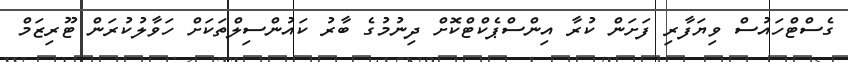
ގެސްޓްހައުސް ވިޔަފާރި ފަށަން ކުރާ އިންސްޕެކްޓްކޮށް ދިނުމުގެ ބާރު ކައުންސިލްތަކަށް ހަވާލުކުރަން ޓޫރިޒަމް